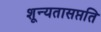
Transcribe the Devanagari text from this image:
शून्यतासप्तति